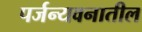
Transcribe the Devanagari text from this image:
पर्जन्यवनातील